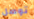
توصل